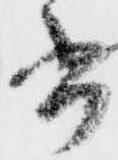
書